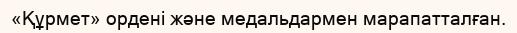
«Құрмет» ордені және медальдармен марапатталған.